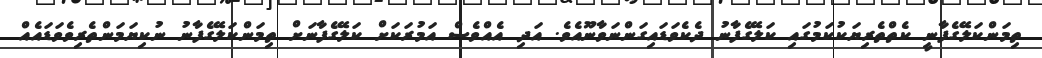
ތިމަންކަލޭގެފާނީ ކެތްތެރިޔަކުކަމުގައި ކަލޭގެފާނު ދެކެވަޑައިގަންނަވާނޫއެވެ. އަދި އެއްވެސް އަމުރަކަށް ކަލޭގެފާނަށް ތިމަންކަލޭގެފާނު ނުކިޔަމަންތެރިވެވަޑައެއް